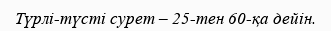
Түрлі-түсті сурет – 25-тен 60-қа дейін.